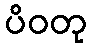
ပိဝတု